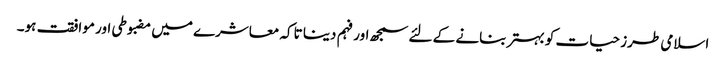
اسلامی طرز حیات کو بہتر بنانے کے لئے سمجھ اور فہم دینا تاکہ معاشرے میں مضبوطی اور موافقت ہو۔